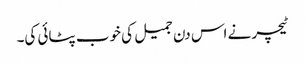
ٹیچر نے اس دن جمیل کی خوب پٹائی کی۔